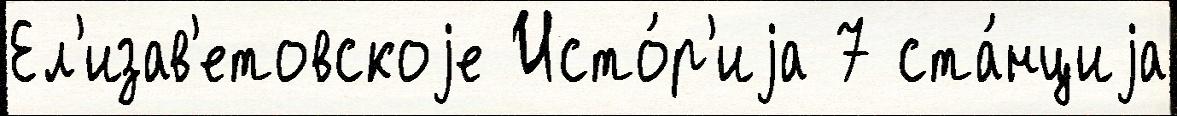
Ел'изав'етовскоjе Исто́р'иjа 7 ста́нциjа